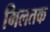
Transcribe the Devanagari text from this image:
मिलतक